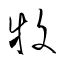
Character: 牧